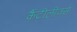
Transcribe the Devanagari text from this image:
कैंटीलीवर्स